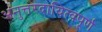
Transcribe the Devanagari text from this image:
अनुत्तरदायित्वपूर्ण